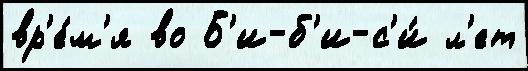
вр'е́м'я во Б'и-б'и-с'и́ л'ет